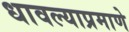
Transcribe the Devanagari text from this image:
धावल्याप्रमाणे